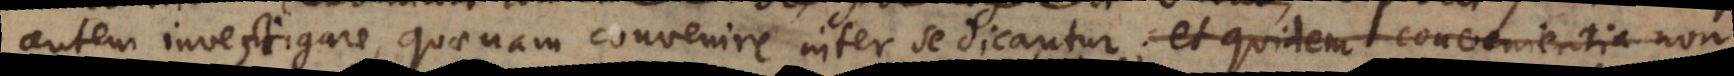
autem investigare, quaenam convenire inter se dicantur; et quidem convenientia non